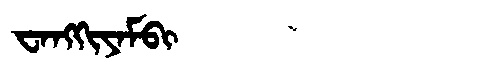
Manchu: ᠸᠠᠩᡴᡳᠶᠠᠮᠪᡳ
Romanization: WANGKIYAMBI